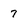
Character: 7